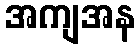
အကျအန